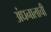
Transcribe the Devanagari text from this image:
अंधनालाची